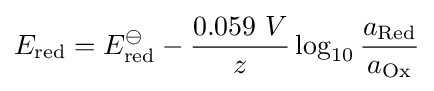
E_{\text{red}}=E_{\text{red}}^{\ominus }-{\frac {0.059\ V}{z}}\log _{10}{\frac {a_{\text{Red}}}{a_{\text{Ox}}}}